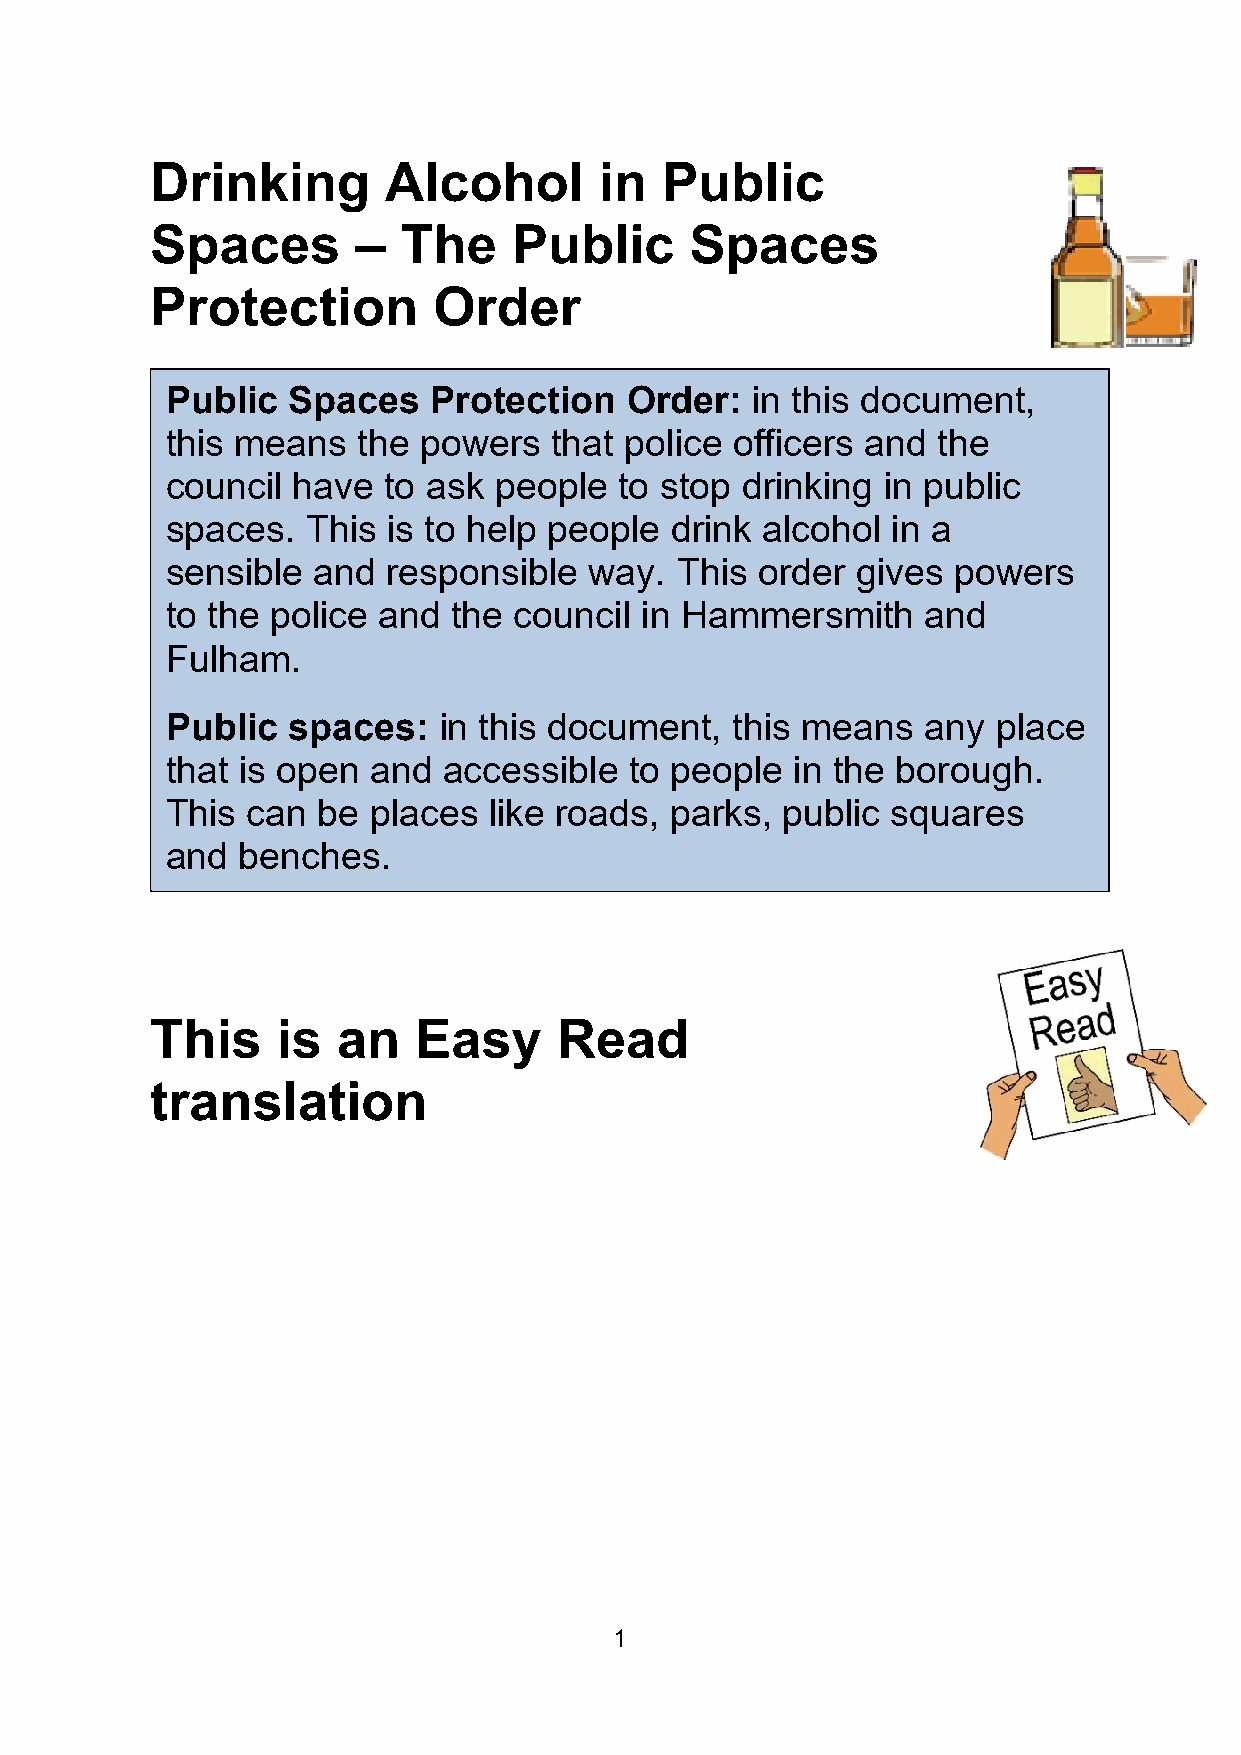
Drinking       Alcohol        in  Public
 Spaces        – The     Public      Spaces
 Protection         Order
 Public  Spaces    Protection  Order:   in this document,
 this means   the powers   that police officers and the
 council have  to ask  people  to stop drinking in public
 spaces.  This  is to help people drink alcohol  in a
 sensible  and  responsible  way.  This order  gives powers
 to the police and  the council in Hammersmith     and
 Fulham.
 Public  spaces:   in this document,   this means  any  place
 that is open  and accessible   to people  in the borough.
 This can  be  places like roads, parks,  public squares
 and  benches.
 This    is  an   Easy      Read
 translation
 1